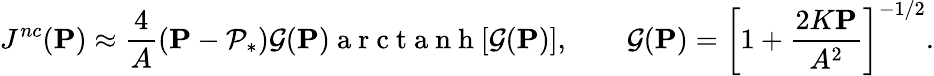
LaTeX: J^{nc}(\mathbf{P})\approx{\frac{4}{A}}(\mathbf{P}-\mathcal{P}_{*}){\mathcal{G}}(\mathbf{P}){\mathrm{~a~r~c~t~a~n~h~}[{\mathcal{G}}(\mathbf{P})]},\qquad{\mathcal{G}}(\mathbf{P})=\left[1+{\frac{2K\mathbf{P}}{A^{2}}}\right]^{-1/2}.